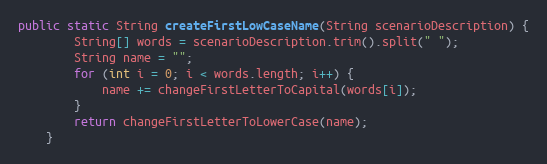
Language: Java
public static String createFirstLowCaseName(String scenarioDescription) {
        String[] words = scenarioDescription.trim().split(" ");
        String name = "";
        for (int i = 0; i < words.length; i++) {
            name += changeFirstLetterToCapital(words[i]);
        }
        return changeFirstLetterToLowerCase(name);
    }